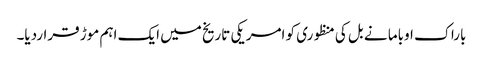
باراک اوباما نے بل کی منظوری کو امریکی تاریخ میں ایک اہم موڑ قراردیا۔